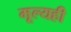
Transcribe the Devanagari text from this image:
मूल्यही